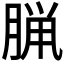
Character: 𫞇